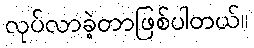
လုပ်လာခဲ့တာဖြစ်ပါတယ်။